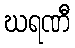
ဃရဏီ